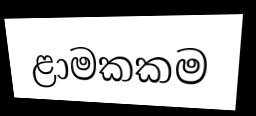
ළාමකකම